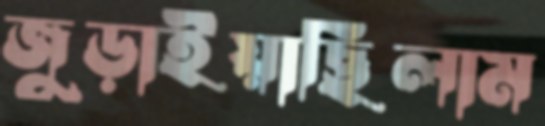
জুড়াইয়াছিলাম